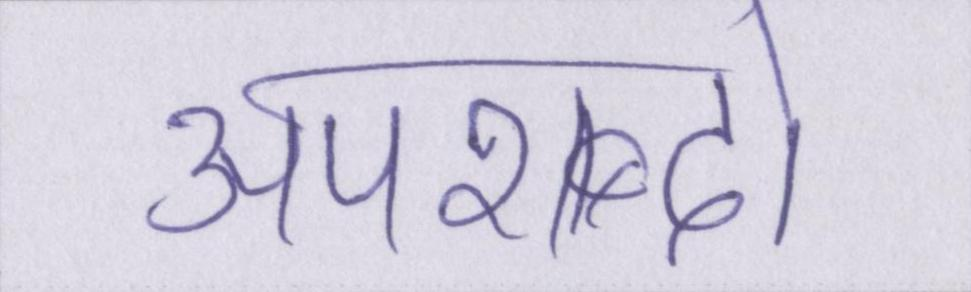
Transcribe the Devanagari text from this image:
अपशब्दों